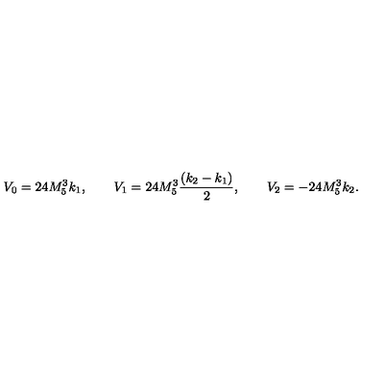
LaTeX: V _ { 0 } = 2 4 M _ { 5 } ^ { 3 } k _ { 1 } , \qquad V _ { 1 } = 2 4 M _ { 5 } ^ { 3 } \frac { ( k _ { 2 } - k _ { 1 } ) } { 2 } , \qquad V _ { 2 } = - 2 4 M _ { 5 } ^ { 3 } k _ { 2 } .